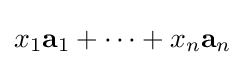
x_{1}\mathbf {a} _{1}+\dots +x_{n}\mathbf {a} _{n}